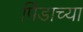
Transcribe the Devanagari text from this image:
पिंडाच्या